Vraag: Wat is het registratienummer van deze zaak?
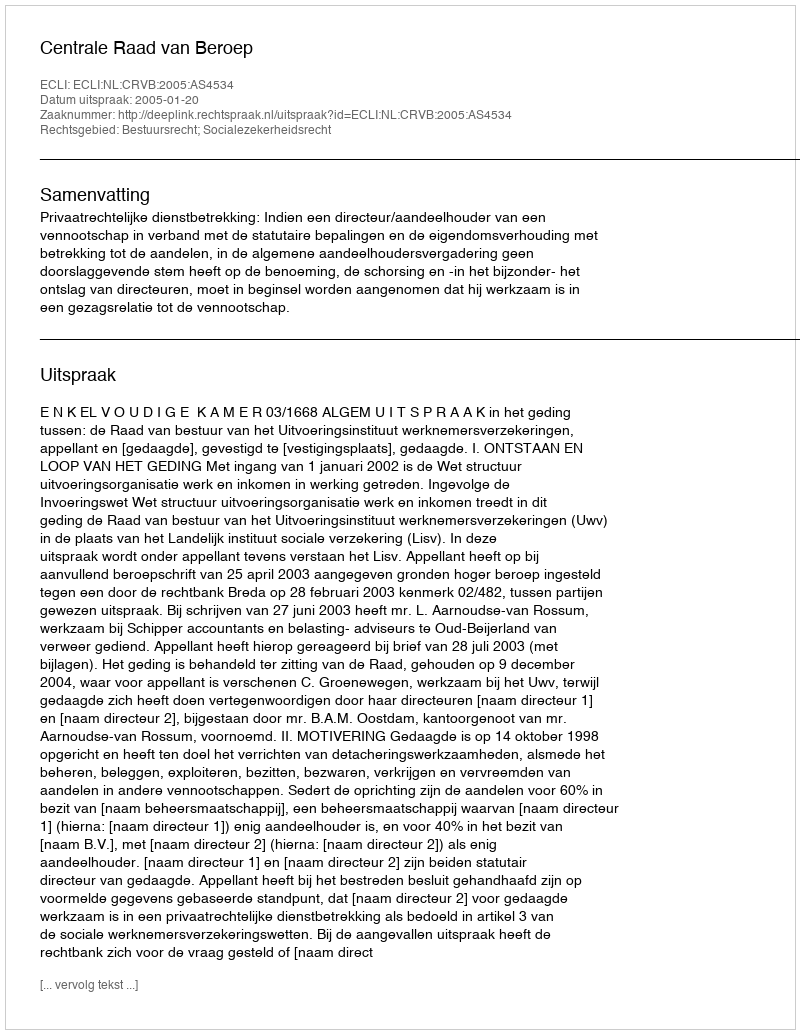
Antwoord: http://deeplink.rechtspraak.nl/uitspraak?id=ECLI:NL:CRVB:2005:AS4534